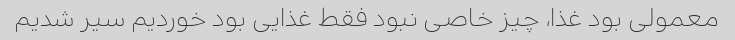
معمولی بود غذا، چیز خاصی نبود فقط غذایی بود خوردیم سیر شدیم